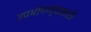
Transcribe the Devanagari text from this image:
उपभोगण्यासाठी